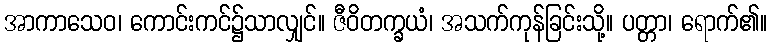
အာကာသေဝ၊ ကောင်းကင်၌သာလျှင်။ ဇီဝိတက္ခယံ၊ အသက်ကုန်ခြင်းသို့။ ပတ္တာ၊ ရောက်၏။